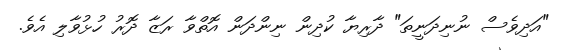
"އަދިވެސް ނުނިދަނީތަ" ދާރިޔާ ކުދިން ނިންދަން އޮތްވާ ރަޒާ ދޮރު ހުޅުވާލި އެވެ.